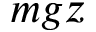
m g z